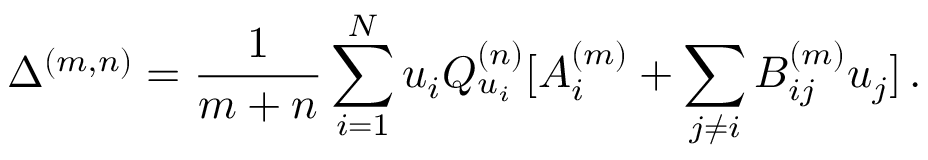
\Delta ^ { ( m , n ) } = \frac { 1 } { m + n } \sum _ { i = 1 } ^ { N } u _ { i } Q _ { u _ { i } } ^ { ( n ) } [ A _ { i } ^ { ( m ) } + \sum _ { j \neq i } B _ { i j } ^ { ( m ) } u _ { j } ] \, .